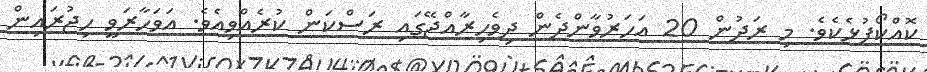
ކޮއްކޯފުޅެކެވެ. މި ރަދުން 20 އަހަރުވާންދެން ދިވެހިރާއްޖޭގައި ރަސްކަން ކުރެއްވިއެވެ. އަވަހާރަވީ ހިޖުރައިން